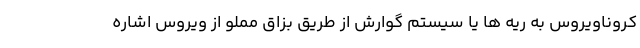
کروناویروس به ریه ها یا سیستم گوارش از طریق بزاق مملو از ویروس اشاره